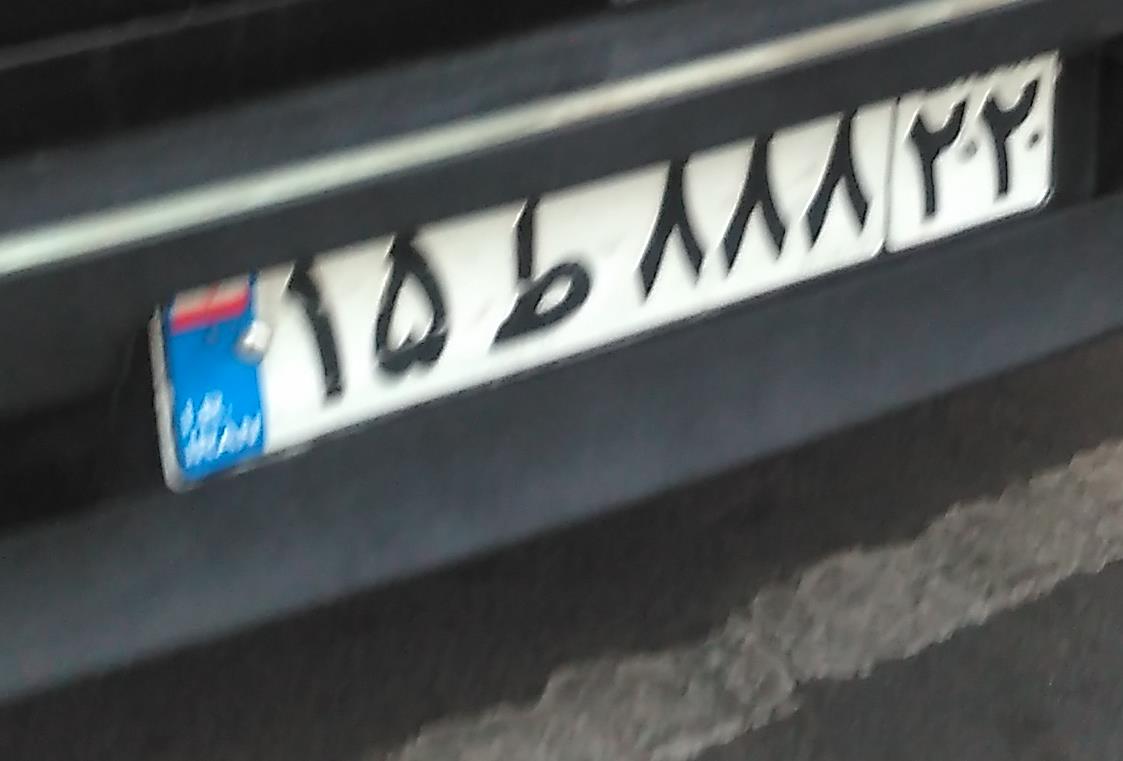
۱۵ط۸۸۸۲۲